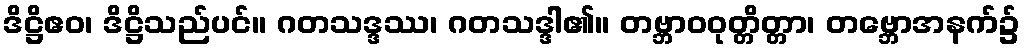
ဒိဋ္ဌိဧဝ၊ ဒိဋ္ဌိသည်ပင်။ ဂတသဒ္ဒဿ၊ ဂတသဒ္ဒါ၏။ တဗ္ဘာဝဝုတ္တိတ္တာ၊ တဗ္ဘောအနက်၌